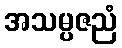
အသမ္ပဇညံ